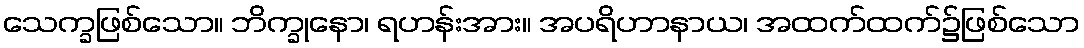
သေက္ခဖြစ်သော။ ဘိက္ခုနော၊ ရဟန်းအား။ အပရိဟာနာယ၊ အထက်ထက်၌ဖြစ်သော